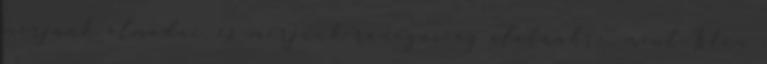
merjünk álmodni, és merjünk ránézni az életünkre, mint Isten